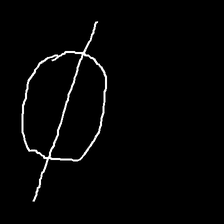
Glyph: orb